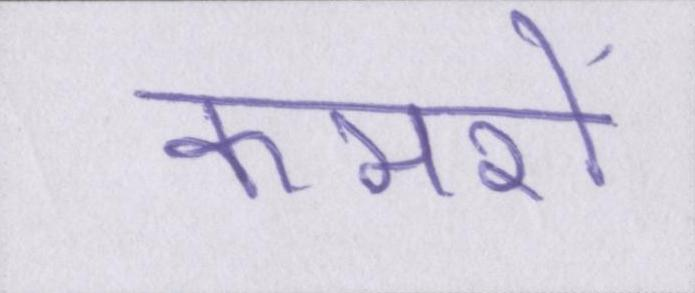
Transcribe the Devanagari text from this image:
कमरों